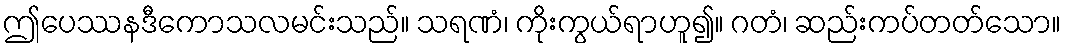
ဤပေဿနဒီကောသလမင်းသည်။ သရဏံ၊ ကိုးကွယ်ရာဟူ၍။ ဂတံ၊ ဆည်းကပ်တတ်သော။